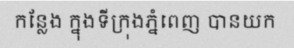
កន្លែង ក្នុងទីក្រុងភ្នំពេញ បានយក